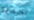
تجميع